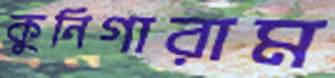
কুনিগারাম